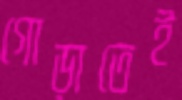
গোড়াতেই